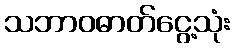
သဘာဝဓာတ်ငွေ့သုံး